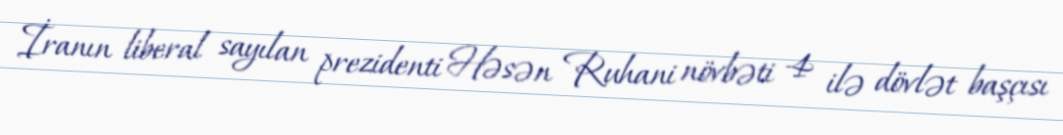
İranın liberal sayılan prezidenti Həsən Ruhani növbəti 4 ilə dövlət başçısı